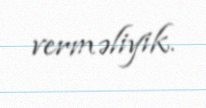
verməliyik.